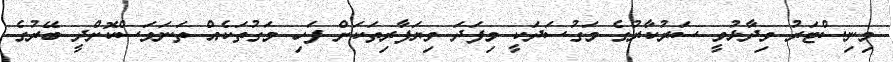
މިނިސްޓަރު ވިދާޅުވީ ސަރުކާރުގެ މަގުސަދަކީ މިފަދަ ވިޔަފާރިތަކަށް ފަހި މަގުތަކެއް ތަނަވަސްކޮށްދީ ބޭރުގެ